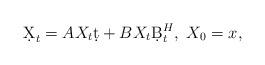
LaTeX: \begin{align*}\d X_t = A X_t\d t + B X_t\d B^H_t,\ X_0 = x,\end{align*}